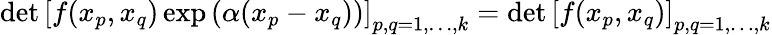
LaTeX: \operatorname*{det}\left[f(x_{p},x_{q})\exp\left(\alpha(x_{p}-x_{q})\right)\right]_{p,q=1,\ldots,k}=\operatorname*{det}\left[f(x_{p},x_{q})\right]_{p,q=1,\ldots,k}